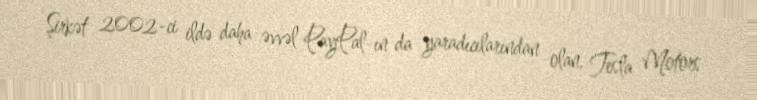
Şirkət 2002-ci ildə daha əvvəl PayPal-ın da yaradıcılarından olan, Tesla Motors